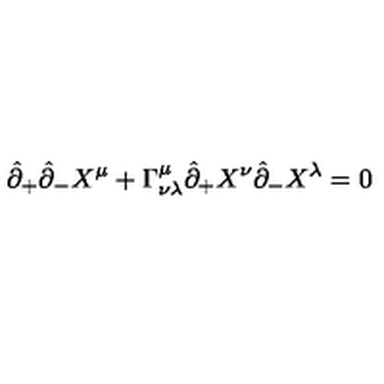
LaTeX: \hat { \partial } _ { + } \hat { \partial } _ { - } X ^ { \mu } + \Gamma _ { \nu \lambda } ^ { \mu } \hat { \partial } _ { + } X ^ { \nu } \hat { \partial } _ { - } X ^ { \lambda } = 0